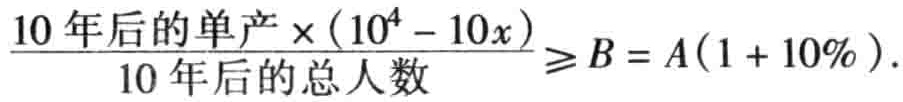
$\frac{10年后的单产\times(10^{4} - 10x)}{10年后的总人数}\geqslant B = A(1 + 10\%).$